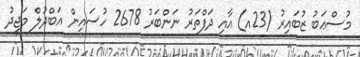
މުސްޢަބު ޒުބައިރު (23އ) އާއި ދަފްތަރު ނަންބަރު 2678 ހުސައިން އަބްދުލް މަޖީދު